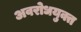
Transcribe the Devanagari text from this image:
अवरोधयुक्त